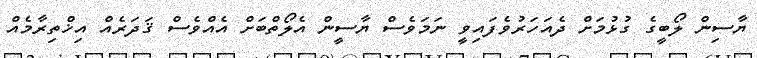
ޔާސިން ލޯބީގެ ގުޅުމަށް ދެއަހަރުވެފައިވީ ނަމަވެސް ޔާސީން އެލޯތްބަށް އެއްވެސް ޤަދަރެއް އިޚްތިރާމެއް